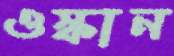
ওস্‌কান